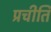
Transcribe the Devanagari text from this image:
प्रचीति